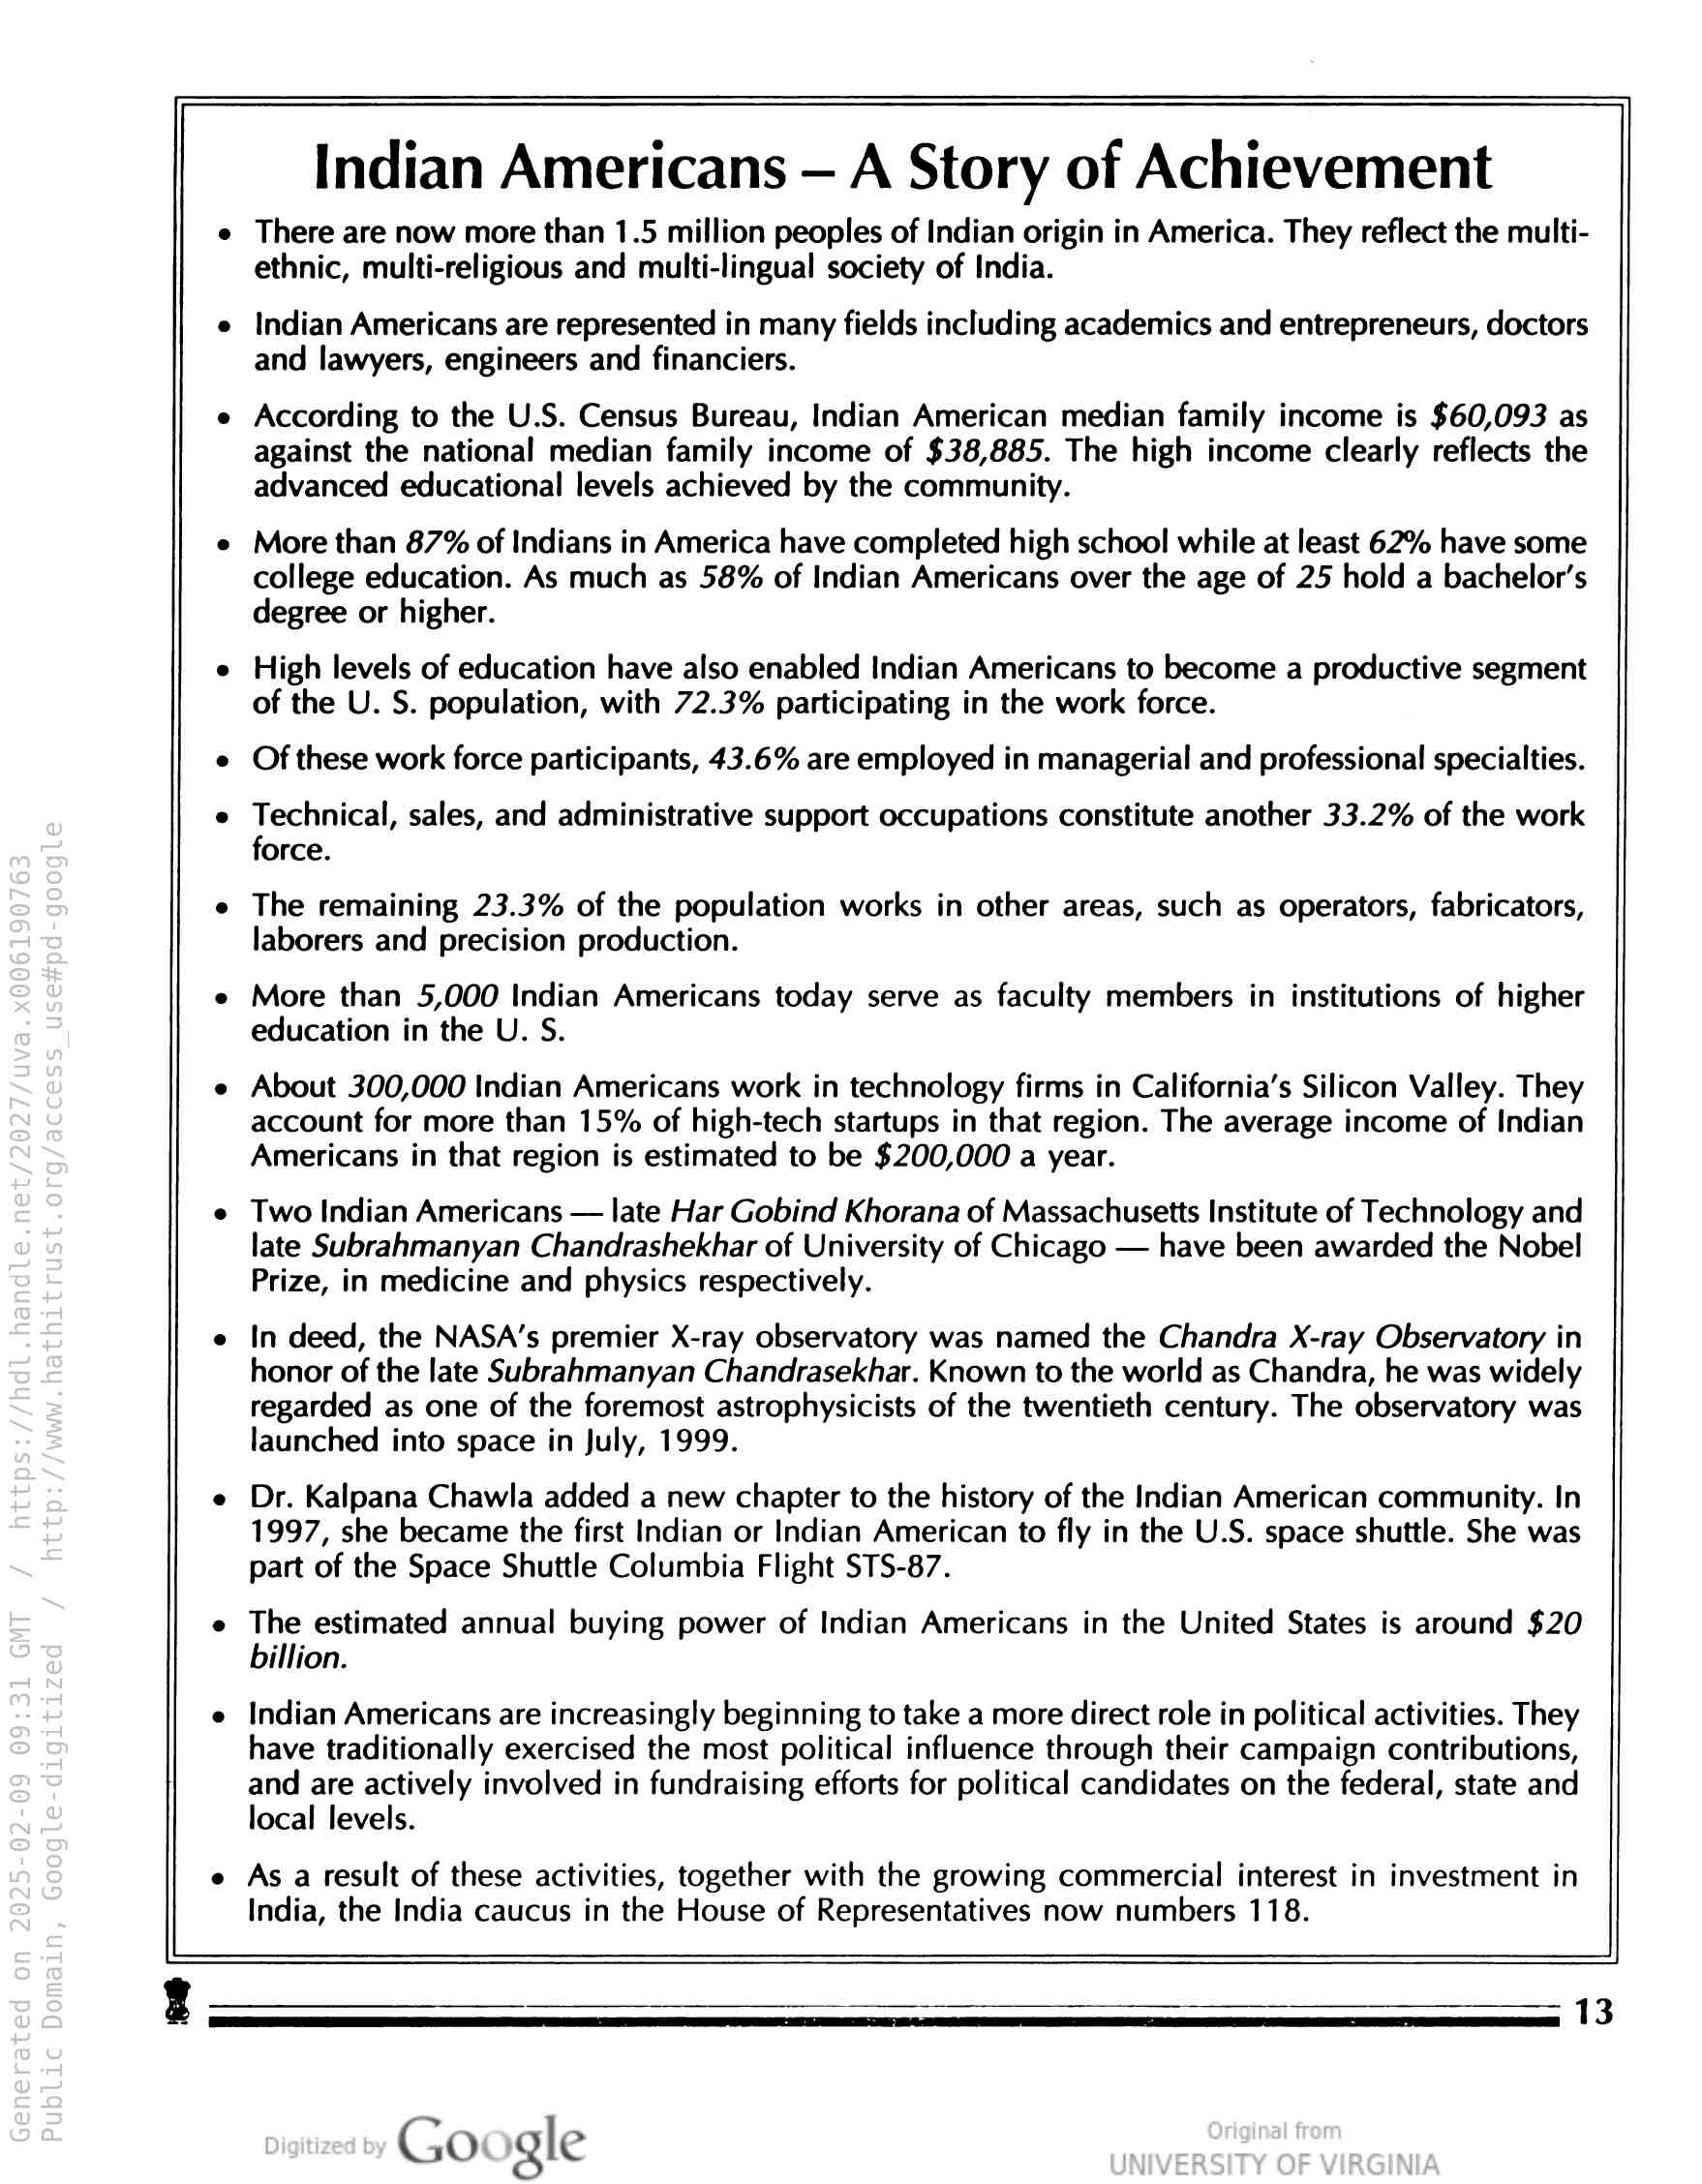
India, the India caucus in the House of Representatives now numbers 118.

Indian Americans — A Story of Achievement

e There are now more than 1.5 million peoples of Indian origin in America. They reflect the multi-
ethnic, multi-religious and multi-lingual society of India.

e Indian Americans are represented in many fields including academics and entrepreneurs, doctors

and lawyers, engineers and financiers.

According to the U.S. Census Bureau, Indian American median family income is $60,093 as
against the national median family income of $38,885. The high income clearly reflects the
advanced educational levels achieved by the community.

e More than 87% of Indians in America have completed high school while at least 62% have some

college education. As much as 58% of Indian Americans over the age of 25 hold a bachelor’s
degree or higher.

High levels of education have also enabled Indian Americans to become a productive segment
of the U. S. population, with 72.3% participating in the work force.

Of these work force participants, 43.6% are employed in managerial and professional specialties.

Technical, sales, and administrative support occupations constitute another 33.2% of the work
force.

The remaining 23.3% of the population works in other areas, such as operators, fabricators,
laborers and precision production.

More than 5,000 Indian Americans today serve as faculty members in institutions of higher
education in the U. S.

About 300,000 Indian Americans work in technology firms in California’s Silicon Valley. They
account for more than 15% of high-tech startups in that region. The average income of Indian
Americans in that region is estimated to be $200,000 a year.

Two Indian Americans — late Har Gobind Khorana of Massachusetts Institute of Technology and
late Subrahmanyan Chandrashekhar of University of Chicago — have been awarded the Nobel
Prize, in medicine and physics respectively.

In deed, the NASA’s premier X-ray observatory was named the Chandra X-ray Observatory in
honor of the late Subrahmanyan Chandrasekhar. Known to the world as Chandra, he was widely
regarded as one of the foremost astrophysicists of the twentieth century. The observatory was
launched into space in July, 1999.

Dr. Kalpana Chawla added a new chapter to the history of the Indian American community. In
1997, she became the first Indian or Indian American to fly in the U.S. space shuttle. She was
part of the Space Shuttle Columbia Flight STS-87.

The estimated annual buying power of Indian Americans in the United States is around $20
billion.

Indian Americans are increasingly beginning to take a more direct role in political activities. They
have traditionally exercised the most political influence through their campaign contributions,
and are actively involved in fundraising efforts for political candidates on the federal, state and
local levels.

As a result of these activities, together with the growing commercial interest in investment in

Go gle

13